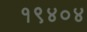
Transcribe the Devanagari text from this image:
१९४०४